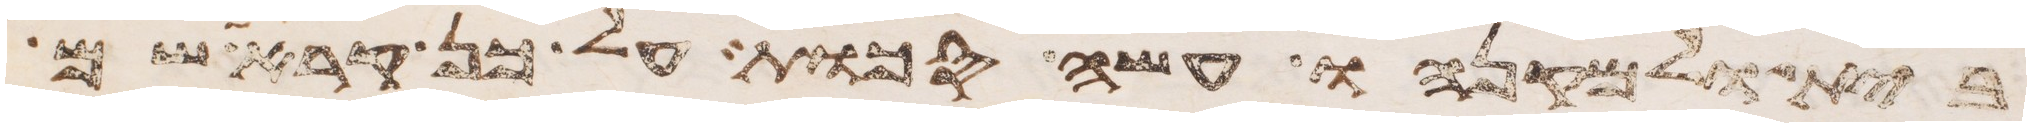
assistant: בית ולמקנהו עשה סכות על כן קרא שם